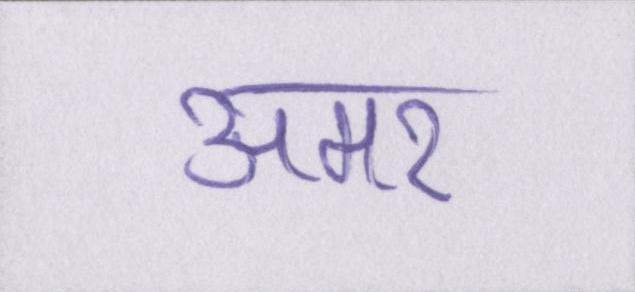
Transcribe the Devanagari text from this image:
अमर